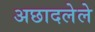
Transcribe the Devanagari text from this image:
अछादलेले